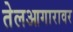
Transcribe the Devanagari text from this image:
तेलआगारावर